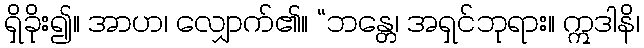
ရှိခိုး၍။ အာဟ၊ လျှောက်၏။ “ဘန္တေ၊ အရှင်ဘုရား။ ဣဒါနိ၊